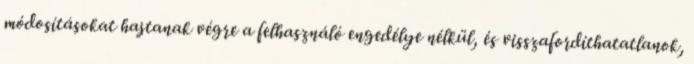
módosításokat hajtanak végre a felhasználó engedélye nélkül, és visszafordíthatatlanok,